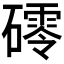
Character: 𥖟